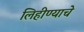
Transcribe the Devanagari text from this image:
लिहीण्याचे